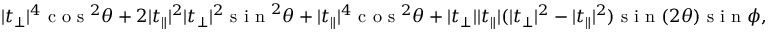
\lvert t _ { \perp } \rvert ^ { 4 } \textrm { c o s } ^ { 2 } \theta + 2 \lvert t _ { \parallel } \rvert ^ { 2 } \lvert t _ { \perp } \rvert ^ { 2 } \textrm { s i n } ^ { 2 } \theta + \lvert t _ { \parallel } \rvert ^ { 4 } \textrm { c o s } ^ { 2 } \theta + \lvert t _ { \perp } \rvert \lvert t _ { \parallel } \rvert ( \lvert t _ { \perp } \rvert ^ { 2 } - \lvert t _ { \parallel } \rvert ^ { 2 } ) \textrm { s i n } ( 2 \theta ) \textrm { s i n } \phi ,